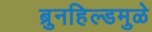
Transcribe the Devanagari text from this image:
ब्रुनहिल्डमुळे